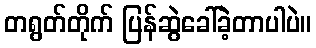
တရွတ်တိုက် ပြန်ဆွဲခေါ်ခဲ့တာပါပဲ။